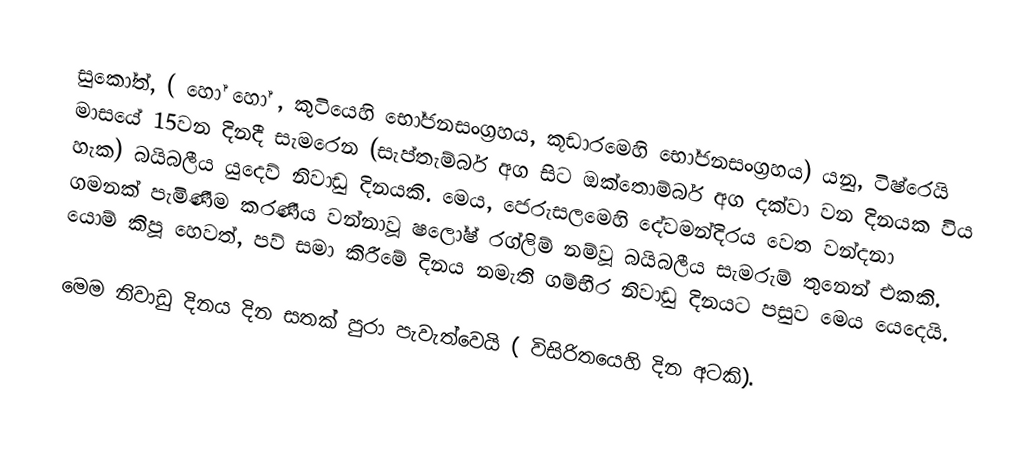
සුකෝත්, ( හෝ   හෝ , කුටියෙහි භෝජනසංග්‍රහය, කූඩාරමෙහි භෝජනසංග්‍රහය) යනු,  ටිෂ්රෙයි මාසයේ 15වන දිනදී සැමරෙන (සැප්තැම්බර් අග සිට ඔක්තොම්බර් අග දක්වා වන දිනයක විය හැක) බයිබලීය යුදෙව් නිවාඩු දිනයකි. මෙය, ජෙරුසලමෙහි දේවමන්දිරය වෙත වන්දනා ගමනක් පැමිණීම කරණීය වන්නාවූ ෂලෝෂ් රග්ලිම් නම්වූ බයිබලීය සැමරුම් තුනෙන් එකකි. යොම් කිපූ හෙවත්, පව් සමා කිරීමේ දිනය නමැති ගම්භීර නිවාඩු දිනයට පසුව මෙය යෙදෙයි.

මෙම නිවාඩු දිනය දින සතක් පුරා පැවැත්වෙයි ( විසිරිතයෙහි දින අටකි).